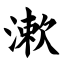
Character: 漱